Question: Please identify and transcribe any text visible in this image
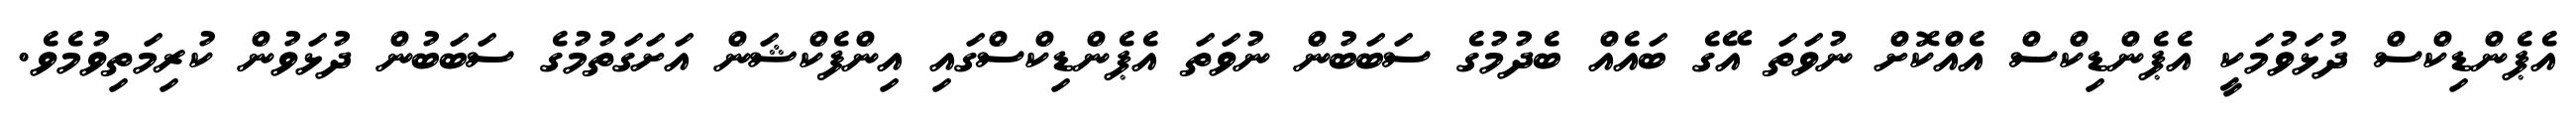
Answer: އެޕެންޑިކްސް ދުޅަވުމަކީ އެޕެންޑިކްސް އެއްކޮށް ނުވަތަ އޭގެ ބައެއް ބެދުމުގެ ސަބަބުން ނުވަތަ އެޕެންޑިކްސްގައި އިންފެކްޝަން އަށަގަތުމުގެ ސަބަބުން ދުޅަވުން ކުރިމަތިވުމެވެ.